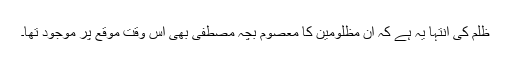
ظلم کی انتہا یہ ہے کہ ان مظلومین کا معصوم بچہ مصطفیٰ بھی اس وقت موقع پر موجود تھا۔